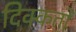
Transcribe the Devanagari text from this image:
दिक्‍कतों